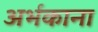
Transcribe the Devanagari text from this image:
अर्भकाना